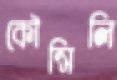
কৌন্সিলি